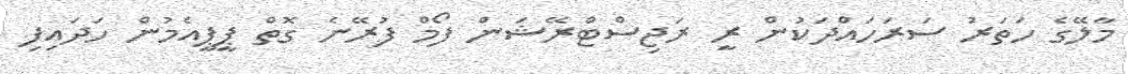
މާލޭގެ ހަތަރު ސަރަހައްދަކުން ރީ ރަޖިސްޓްރޭޝަން ފޯމް ފުރޭނެ ގޮތް ޕީޕީއެމުން ހަދައިފި